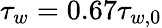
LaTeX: \tau_{w}=0.67\tau_{w,0}